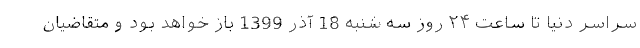
سراسر دنیا تا ساعت ۲۴ روز سه شنبه 18 آذر 1399 باز خواهد بود و متقاضیان